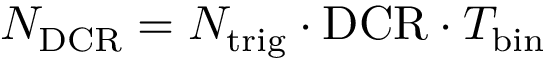
N _ { \mathrm { D C R } } = N _ { \mathrm { t r i g } } \cdot \mathrm { D C R } \cdot T _ { \mathrm { b i n } }